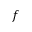
f